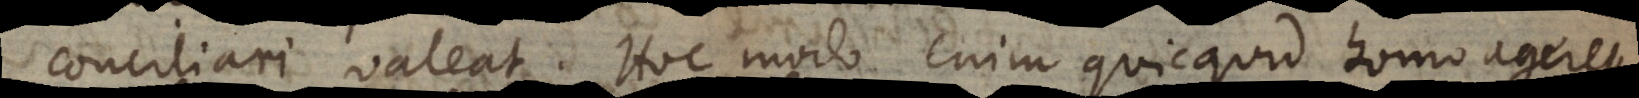
conciliari valeat. Hoc modo enim quicquid homo ageret,